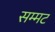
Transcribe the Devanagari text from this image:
सम्मट